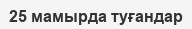
25 мамырда туғандар